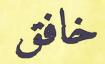
خافق